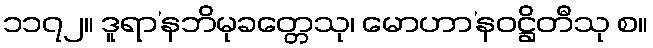
၁၁၇၂။ ဒူရာ’နဘိမုခတ္တေသု၊ မောဟာ’နဝဋ္ဌိတီသု စ။